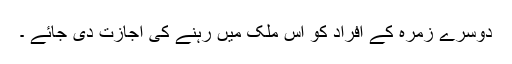
دوسرے زمرہ کے افراد کو اس ملک میں رہنے کی اجازت دی جائے ۔